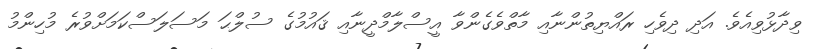
ވިދާޅުވިއެވެ. އަދި ދިވެހި ރައްޔިތުންނާއި މާތްވެގެންވާ އީސްލާމްދީނާއި ޤައުމުގެ ސުލްޙަ މަސަލަސްކަމަށްވުރެ މުހިންމު